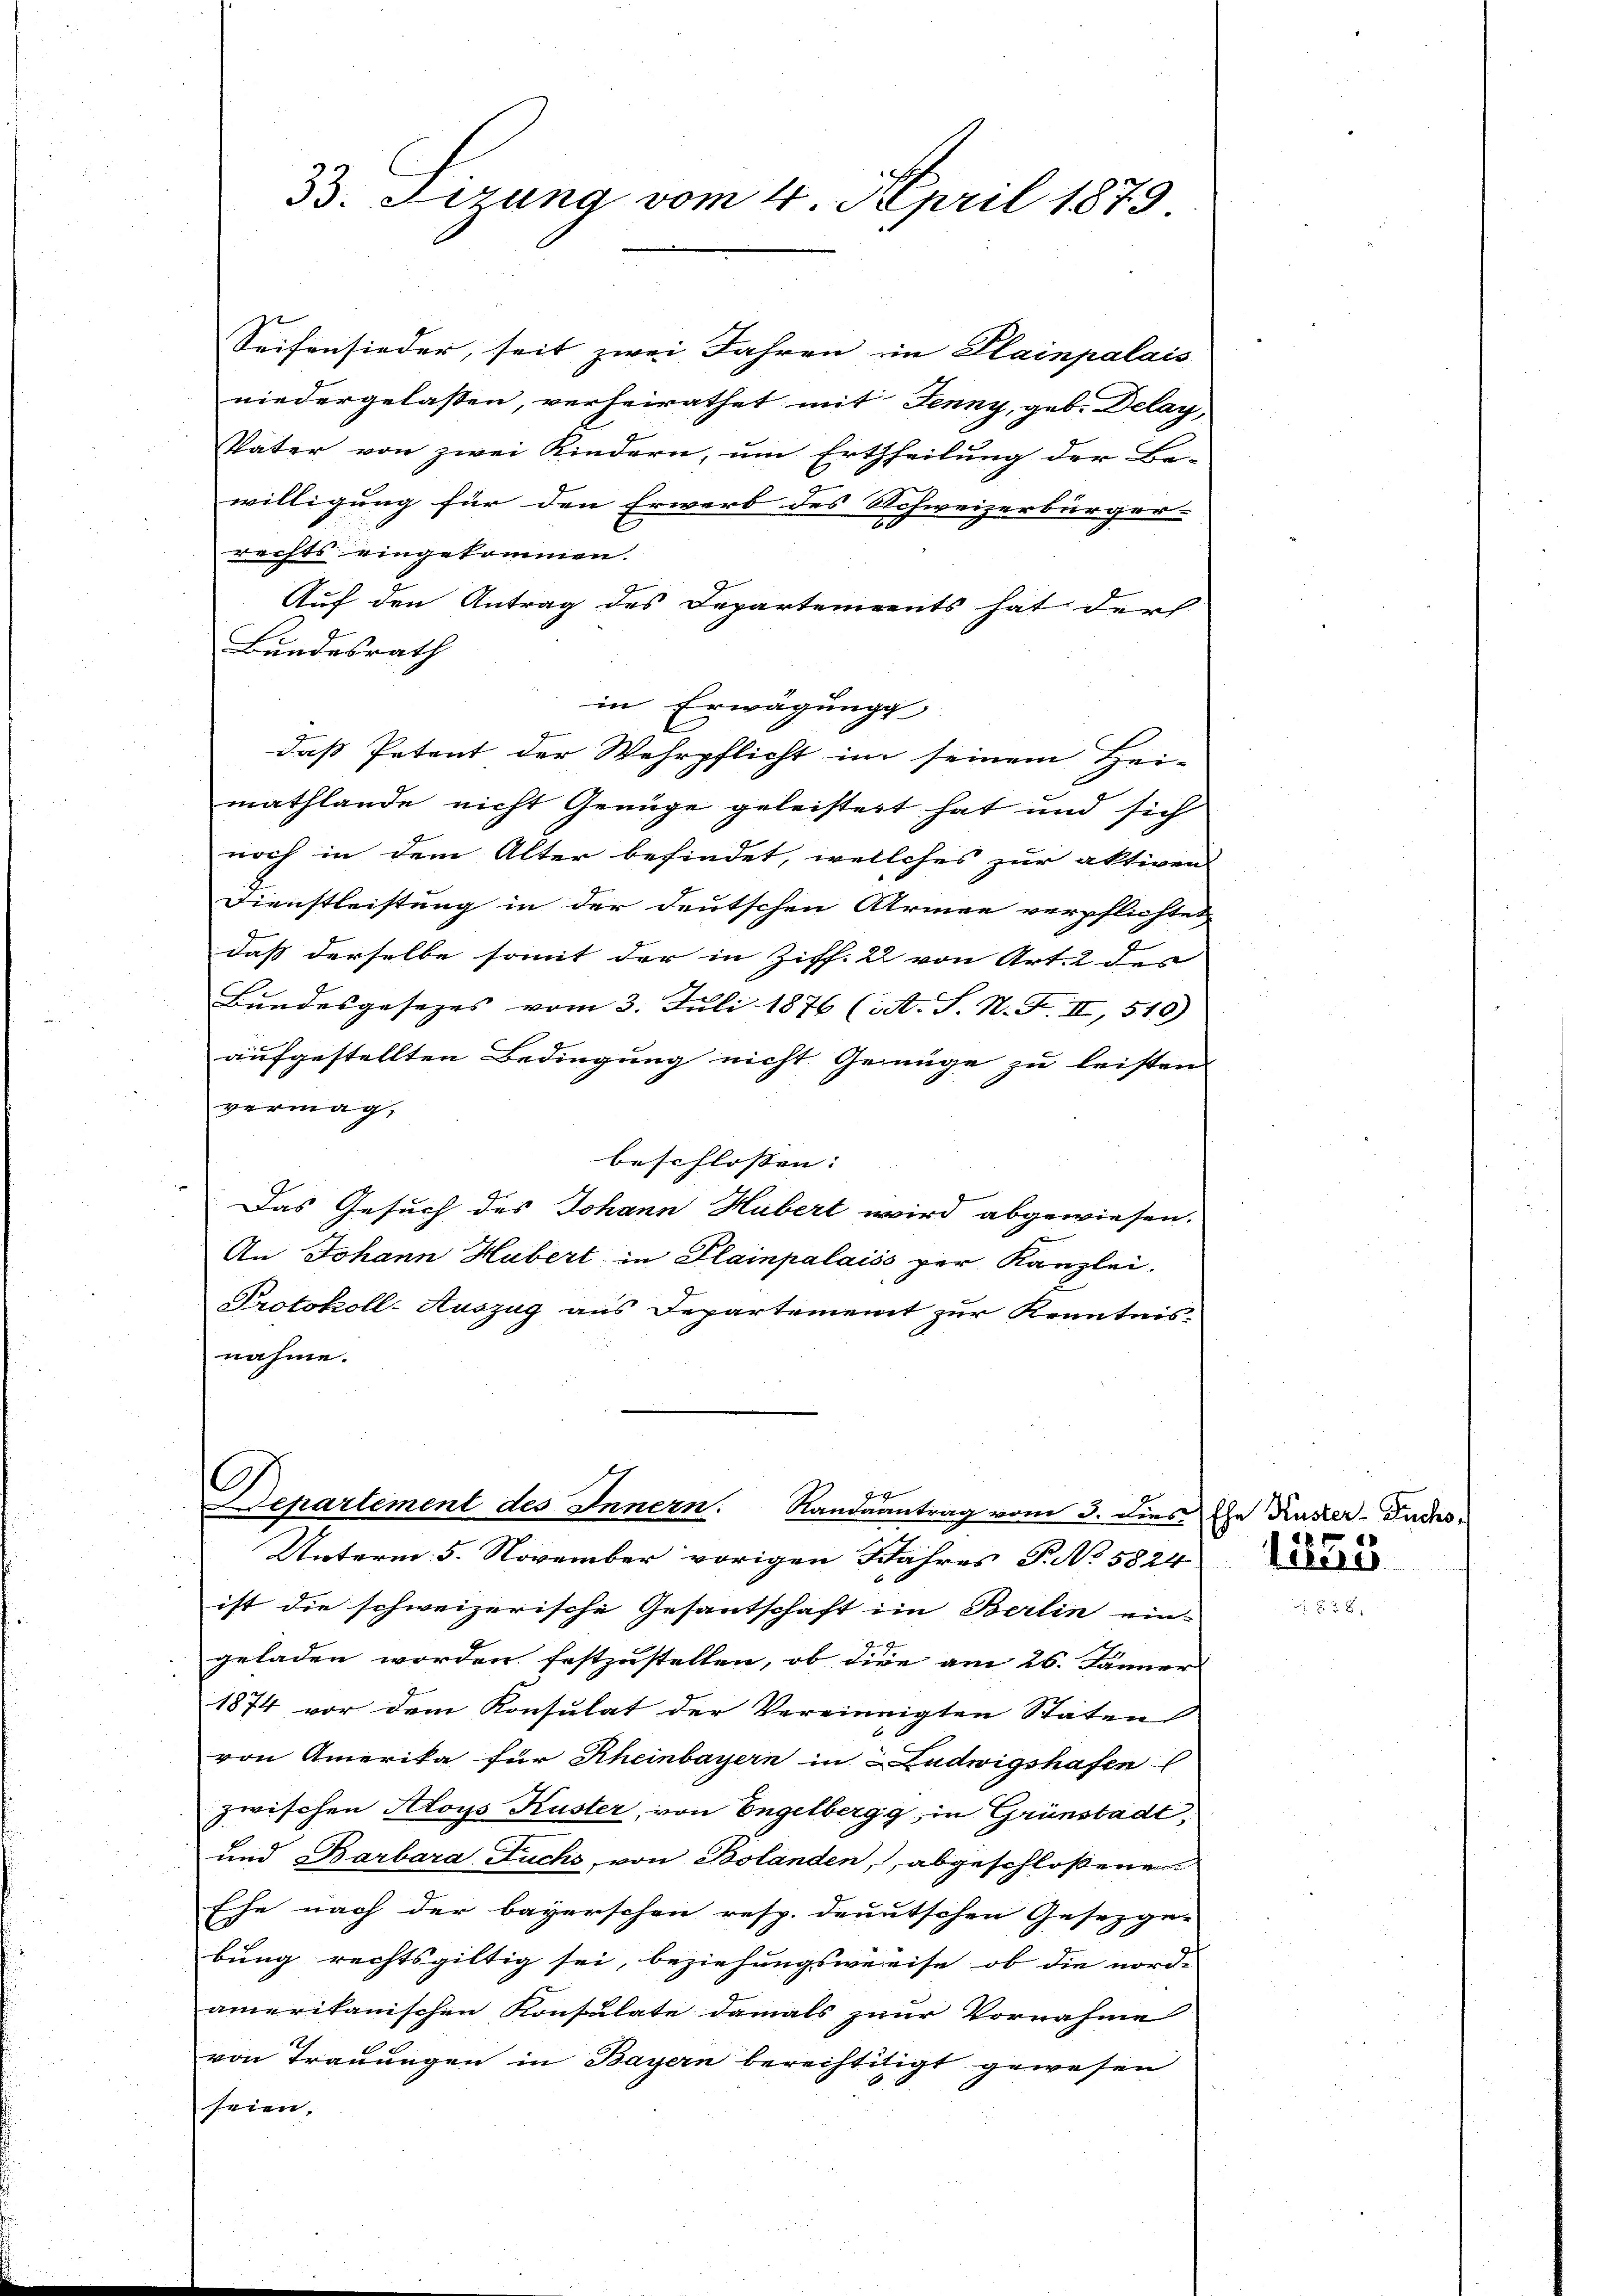
33. Lerung vom 4. April 1879

2
Seifensieder, seit zwei Jahren in Plainpalais
niedergelassen, verheirathet mit Jenny, geb. Delay,
Vater von zwei Kindern, um Ertheilung der Be-
willigung für den Erwerb des Schweizerbürger- |
rechts eingekommen.
Auf den Antrag des Departements hat der
Bundesrath
in Erwägungs
daß Petent der Wehrpflicht im seinem Hei-
mathlande nicht Genüge geleistert hat und sich
noch in dem Alter befindet, wellches zur aktiven
Dienstleistung in der deutschen Armee verpflichtet
daß derselbe somit der in Ziff. 2 von Art. 2 des
Bundesgesezes vom 3. Juli 1876 (A. S. N. F. II, 519)
aufgestellten Bedingung nicht Genüge zu leisten
vermag,
beschlossen:
Das Gesuch des Johann Hubert wird abgewiesen.
An Johann Hubert in Plainpalais per Kanzlei.
Protokoll-Auszug aus Departement zur Kenntnis-
nahme.
C

epartement des Innern. Randeantrag vom 3. dies Ehe Rucker-Indes.
Unterm 5. November vorigen Jahres P. No 5824
ist die schweizerische Gesantschaft im Berlin ein-
geladen worden festzustellen, ob dire am 26. Jänner
1874 vor dem Konsulat der Vereinigten Stäten
von Amerika für Rheinbayern in Ludwigshafen (
zwischen Aloys Kuster, von Engelbergg, in Grünstadt,
und Barbara Fuchs, von Bolanden, abgeschloßenen
Ehe nach der bayerschen resp. deutschen Gesezge- |
bung rechtsgültig sei, beziehungsweise, ob die nord-
amerikanischen Konsulate damals zur Vornahme
von Trauungen in Bayern berechtiligt gewesen
seien.

8
hige